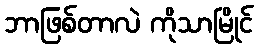
ဘာဖြစ်တာလဲ ကိုသာမြိုင်